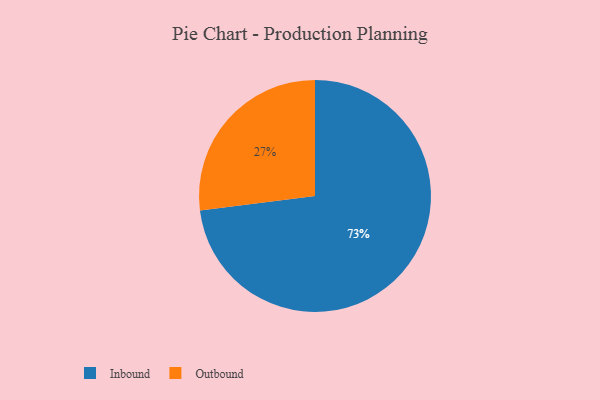
{"axis": {"x": "Category", "y": "Percentage"}, "legend": ["Inbound", "Outbound"], "data": [{"x": "Inbound", "y": 73, "type": "Inbound"}, {"x": "Outbound", "y": 27, "type": "Outbound"}]}